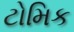
ટોમિક